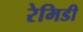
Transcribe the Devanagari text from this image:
रेमिडी